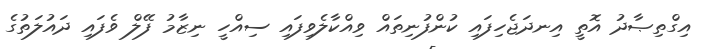
އިގްތިޞާދު އޮތީ އިނދަޖެހިފައި ކުންފުނިތައް ވިއްކާލެވިފައި ސިއްހީ ނިޒާމު ފޭލް ވެފައި ދައުލަތުގެ